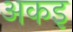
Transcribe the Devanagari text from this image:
अकइ